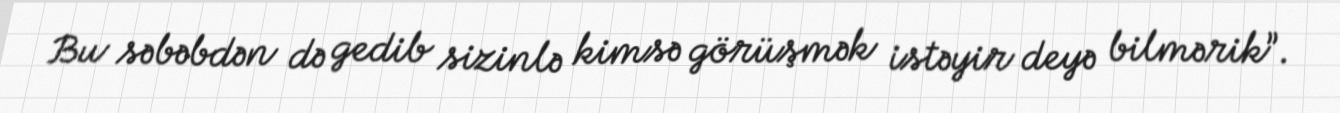
Bu səbəbdən də gedib sizinlə kimsə görüşmək istəyir deyə bilmərik”.